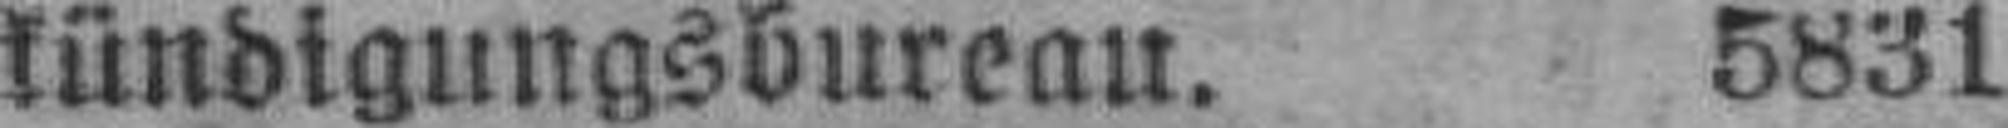
kündigungsbureau. 5831